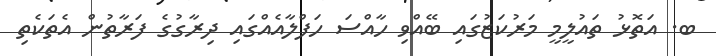
ބ. އަތޮޅު ތައުލީމީ މަރުކަޒުގައި ބޭއްވި ހާއްސަ ހަފްލާއެއްގައި ދިރާގުގެ ފަރާތުން އެތަކެތި